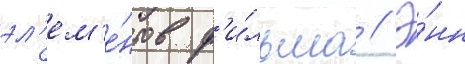
эл'ем'е́нтов ф'и́льма // Э́нн